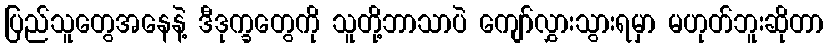
ပြည်သူတွေအနေနဲ့ ဒီဒုက္ခတွေကို သူတို့ဘာသာပဲ ကျော်လွှားသွားရမှာ မဟုတ်ဘူးဆိုတာ